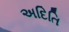
અદિતિ